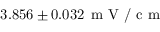
3 . 8 5 6 \pm 0 . 0 3 2 \, \mathrm { ~ m ~ V ~ / ~ c ~ m ~ }